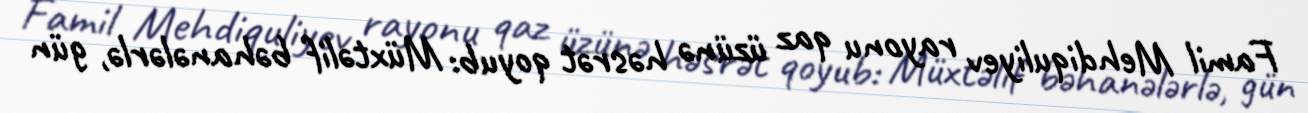
Famil Mehdiquliyev rayonu qaz üzünə həsrət qoyub: Müxtəlif bəhanələrlə, gün